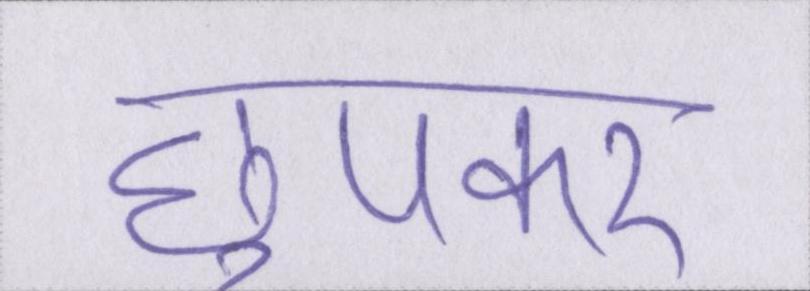
छुपकर